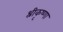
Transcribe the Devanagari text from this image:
श्रीकृष्णा